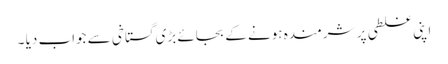
اپنی غلطی پر شرمندہ ہونے کے بجائے بڑی گستاخی سے جواب دیا ۔